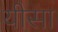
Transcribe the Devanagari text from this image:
यीसा